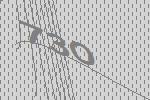
730